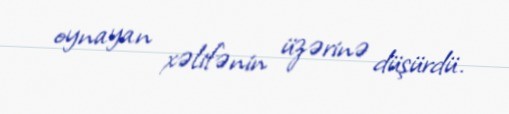
oynayan xəlifənin üzərinə düşürdü.